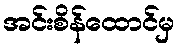
အင်းစိန်ထောင်မှ